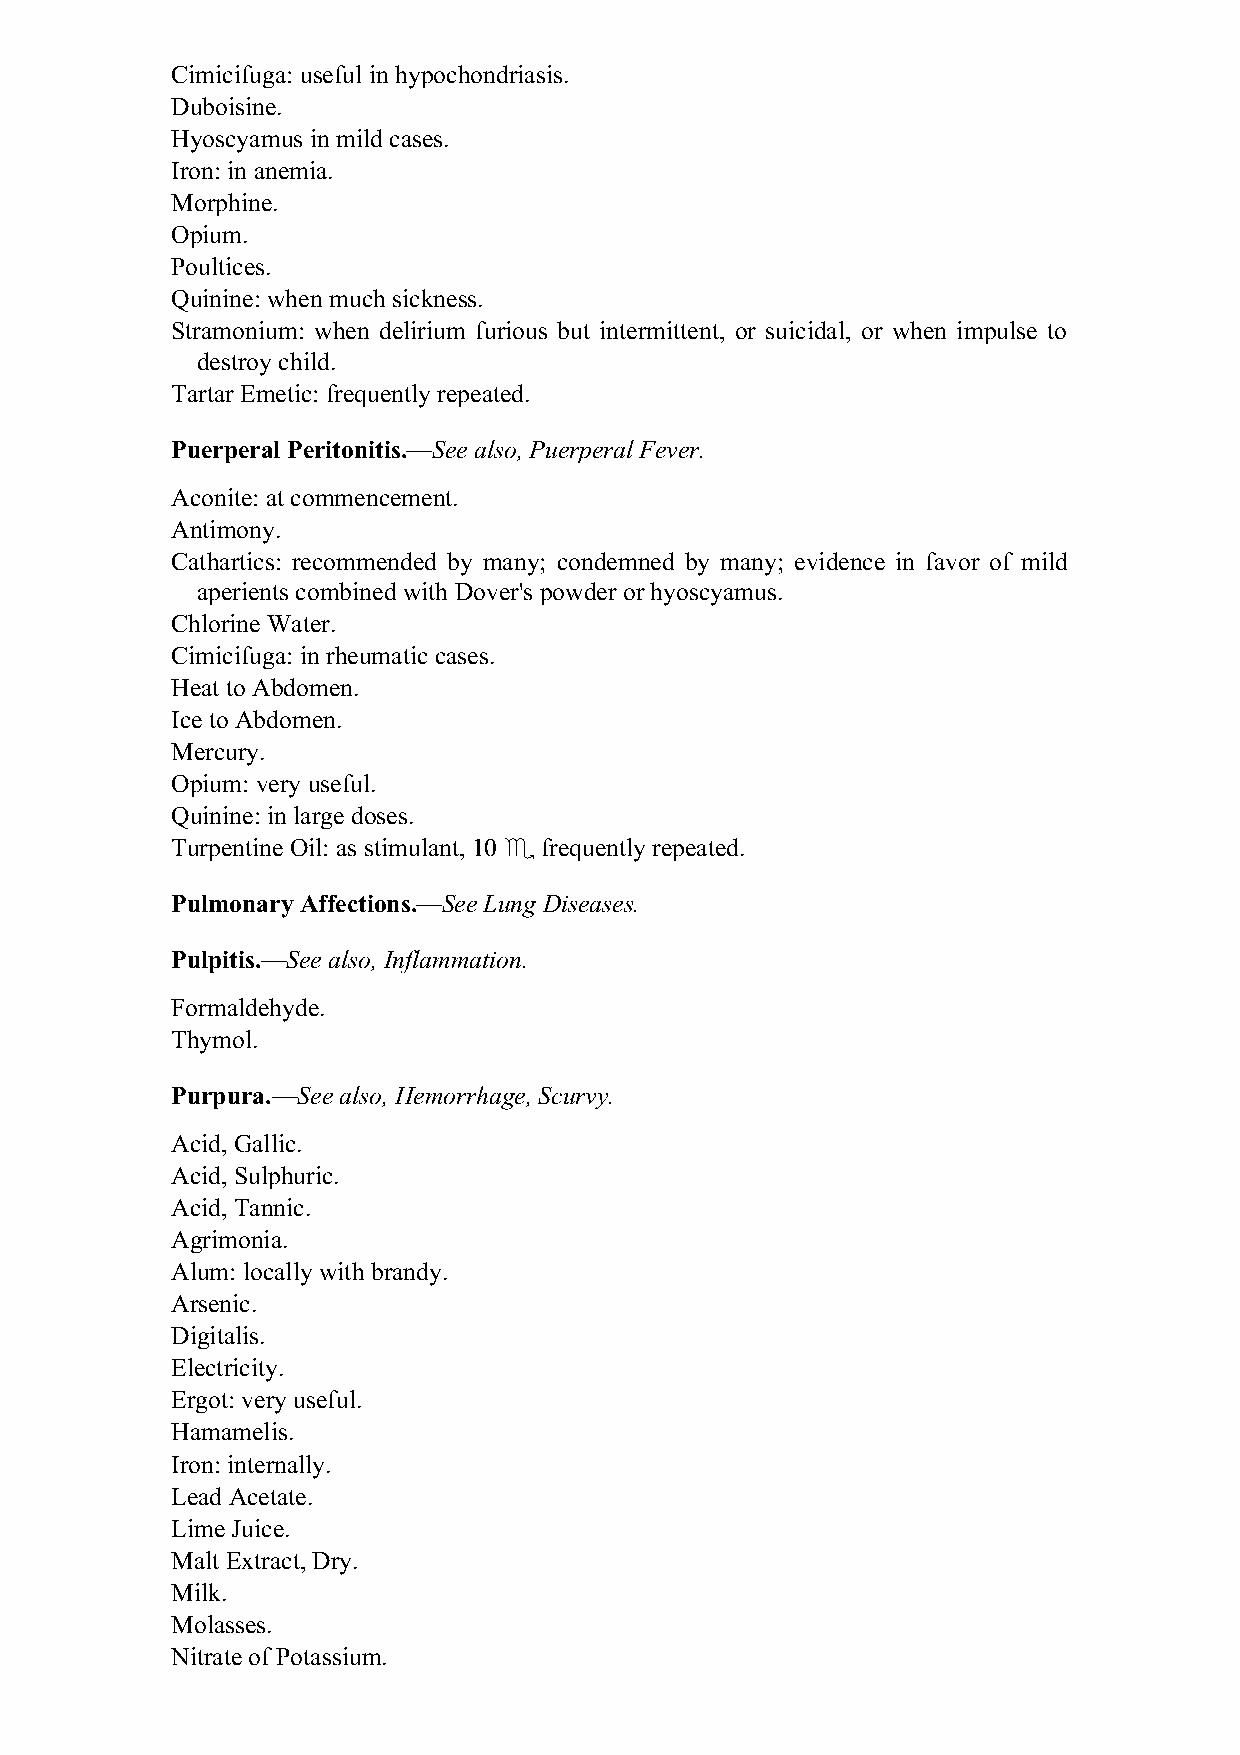
Cimicifuga: useful in hypochondriasis.
 Duboisine.
 Hyoscyamus in mild cases.
 Iron: in anemia.
 Morphine.
 Opium.
 Poultices.
 Quinine: when much sickness.
 Stramonium: when delirium furious but intermittent, or suicidal, or when impulse to
 destroy child.
 Tartar Emetic: frequently repeated.
 Puerperal Peritonitis.—See also, Puerperal Fever.
 Aconite: at commencement.
 Antimony.
 Cathartics: recommended by many; condemned by many; evidence in favor of mild
 aperients combined with Dover's powder or hyoscyamus.
 Chlorine Water.
 Cimicifuga: in rheumatic cases.
 Heat to Abdomen.
 Ice to Abdomen.
 Mercury.
 Opium: very useful.
 Quinine: in large doses.
 Turpentine Oil: as stimulant, 10 ♏ frequently repeated.
 Pulmonary Affections.—See Lung Diseases.
 Pulpitis.—See also, Inflammation.
 Formaldehyde.
 Thymol.
 Purpura.—See also, Hemorrhage, Scurvy.
 Acid, Gallic.
 Acid, Sulphuric.
 Acid, Tannic.
 Agrimonia.
 Alum: locally with brandy.
 Arsenic.
 Digitalis.
 Electricity.
 Ergot: very useful.
 Hamamelis.
 Iron: internally.
 Lead Acetate.
 Lime Juice.
 Malt Extract, Dry.
 Milk.
 Molasses.
 Nitrate of Potassium.